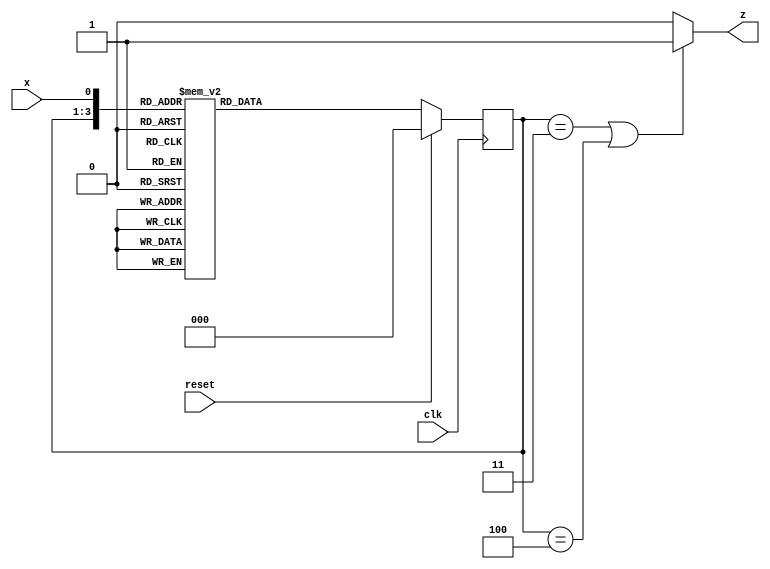
//Given the state-assigned table shown below, implement the finite-state machine. Reset should reset the FSM to state 000.

//Present state
//y[2:0]    Next state Y[2:0]  Output z
//          x=0    x=1
//  000     000    001         0
//  001     001    100         0
//  010     010    001         0
//  011     001    010         1
//  100     011    100         1

module top_module (
    input clk,
    input reset,   // Synchronous reset
    input x,
    output z
);
    parameter S0 = 3'b000,
              S1 = 3'b001,
              S2 = 3'b010,
              S3 = 3'b011,
              S4 = 3'b100;

    reg [2:0] state, next_state;
    reg z_tmp;
    
    always @(*) begin
        case ({state,x})
            {S0,1'b0}: next_state = S0;
            {S0,1'b1}: next_state = S1;
            {S1,1'b0}: next_state = S1;
            {S1,1'b1}: next_state = S4;
            {S2,1'b0}: next_state = S2;
            {S2,1'b1}: next_state = S1;
            {S3,1'b0}: next_state = S1;
            {S3,1'b1}: next_state = S2;
            {S4,1'b0}: next_state = S3;
            {S4,1'b1}: next_state = S4;
            default: next_state = S0;
        endcase
    end
    
    always @(posedge clk) begin
        if (reset) begin
            state <= S0;
        end
        else begin
            state <= next_state;
        end
    end
    
    assign z = z_tmp;

    always @(*) begin
        if (state == S3 || state == S4) begin
            z_tmp = 1;
        end
        else begin
            z_tmp = 0;
        end
    end
    
endmodule